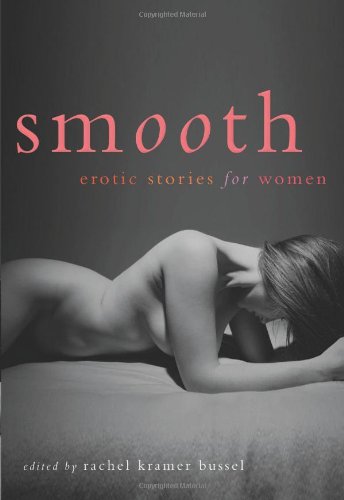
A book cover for Smooth: Erotic Stories for Women; Romance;